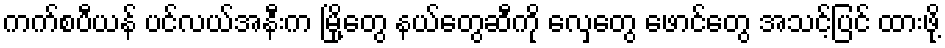
ကက်စပီယန် ပင်လယ်အနီးက မြို့တွေ နယ်တွေဆီကို လှေတွေ ဖောင်တွေ အသင့်ပြင် ထားဖို့